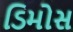
ડિમોસ